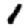
Digit: 1